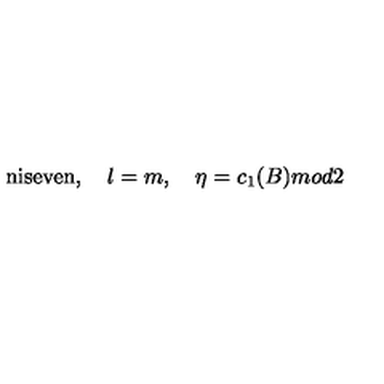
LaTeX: \mathrm { n i s e v e n } , \quad \l = m , \quad \eta = c _ { 1 } ( B ) m o d 2